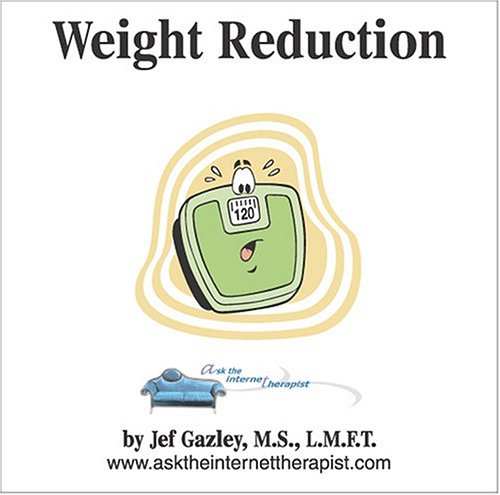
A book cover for AskTheInternetTherapist.com Weight Reduction Hypnosis; Jef Gazley MS; Health, Fitness & Dieting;